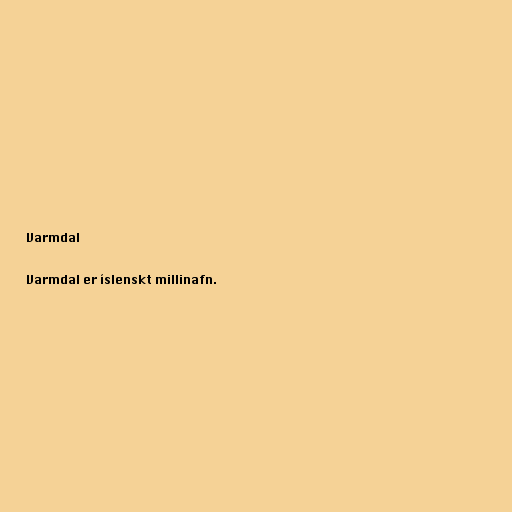
Varmdal

Varmdal er íslenskt millinafn.